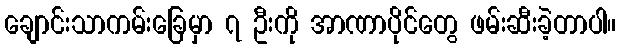
ချောင်းသာကမ်းခြေမှာ ၇ ဦးကို အာဏာပိုင်တွေ ဖမ်းဆီးခဲ့တာပါ။